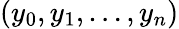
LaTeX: (y_{0},y_{1},\ldots,y_{n})